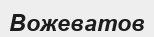
Вожеватов